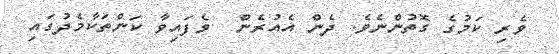
ވެރި ކަމުގެ ގޮތުންނެވެ. ދެން އެއުރެން  ވެފައިވާ ކަންތަކާމެދުގައި